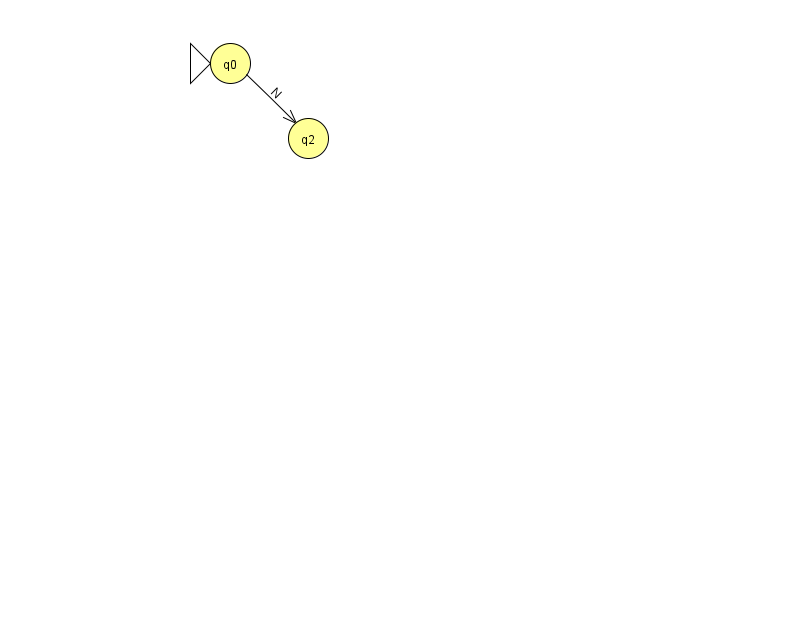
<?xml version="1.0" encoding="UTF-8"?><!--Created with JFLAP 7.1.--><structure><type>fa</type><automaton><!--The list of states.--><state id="0" name="q0"><x>230.0</x><y>50.0</y><initial/></state><state id="2" name="q2"><x>308.0</x><y>125.0</y></state><!--The list of transitions.--><transition><from>0</from><to>2</to><read>N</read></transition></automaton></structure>